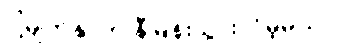
ငါ့မျက်နှာက နီမြန်းသွားလိမ့်မယ်။